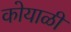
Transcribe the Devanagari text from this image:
कोयाळी